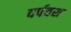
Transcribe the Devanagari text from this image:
दर्पवश